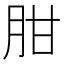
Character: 𦚕